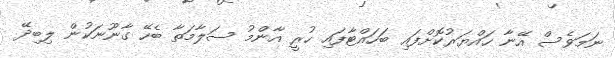
ނަމަވެސް އޭނާ ހައްޔަރުކޮށްފައި ބަހައްޓާފައި ހުރީ އާންމު ސަލާމަތާ ބެހޭ ގާނޫނަކުން ލިބިދޭ